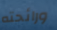
ورائحته